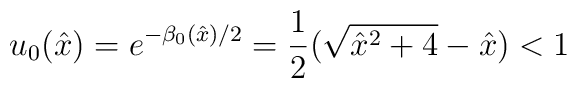
u_0({\hat x}) = e^{-\beta_0({\hat x})/2} = \frac {1}{2} (\sqrt{{\hat x}^2+4} - {\hat x})< 1